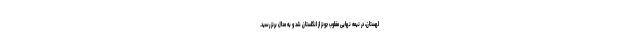
لهستان، در نیمه نهایی مغلوب جونز از انگلستان شد و به مدال برنز رسید.